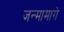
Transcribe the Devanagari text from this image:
जन्मामागे